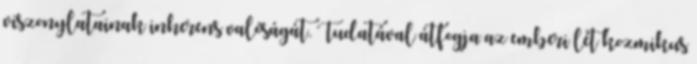
viszonylatainak inherens valóságát. Tudatával átfogja az emberi lét kozmikus